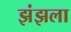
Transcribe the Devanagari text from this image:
झंझला